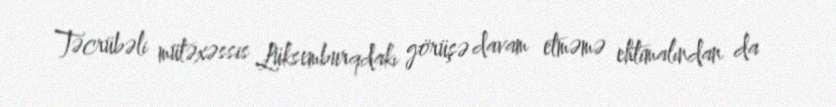
Təcrübəli mütəxəssis Lüksemburqdakı görüşə davam etməmə ehtimalından da